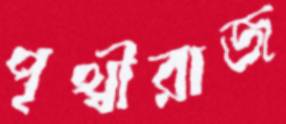
পৃথ্বীরাজ